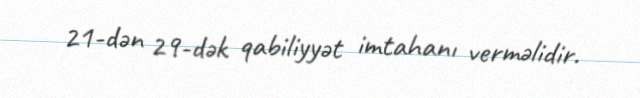
21-dən 29-dək qabiliyyət imtahanı verməlidir.